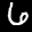
Label: 6